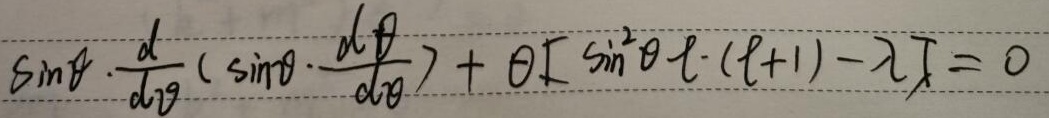
\(\sin\theta\cdot\frac{d}{d\theta}\left(\sin\theta\cdot\frac{d\theta}{d\theta}\right)+\theta\left[\sin^{2}\theta\ell\cdot(\ell + 1)-\lambda\right]=0\)